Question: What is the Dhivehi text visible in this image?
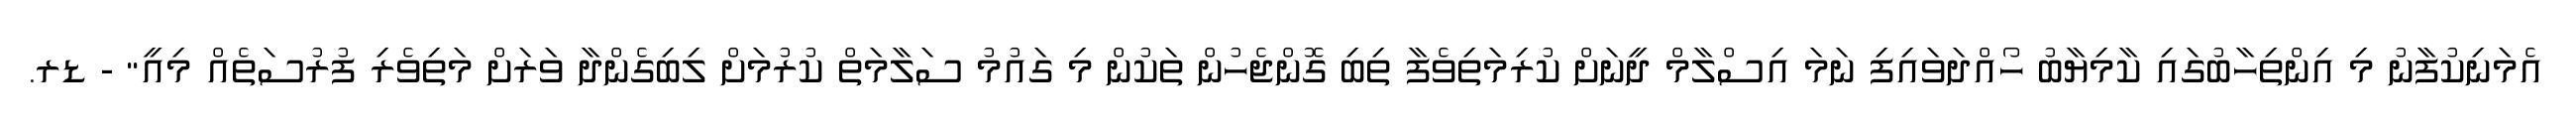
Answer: އެމަނިކުފާނު މި އިންތިހާބުގައި ކާމިޔާބު ހޯއްދަވައިފި ނަމަ އިސްލާމް ދީނަށް ކުރިމަތިވެފާ ތިބި ގޮންޖެހުން ތަކުން މި ގައުމު ސަލާމަތް ކުރުމަށް ލިބިގެންދާ ވަރަށް މަތިވެރި ފުރުސަތެއް މިއީ" - ޑރ.